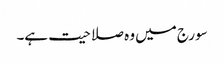
سورج میں وہ صلاحیت ہے۔